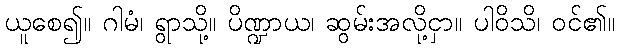
ယူစေ၍။ ဂါမံ၊ ရွာသို့။ ပိဏ္ဍာယ၊ ဆွမ်းအလို့ငှာ။ ပါဝိသိ၊ ဝင်၏။